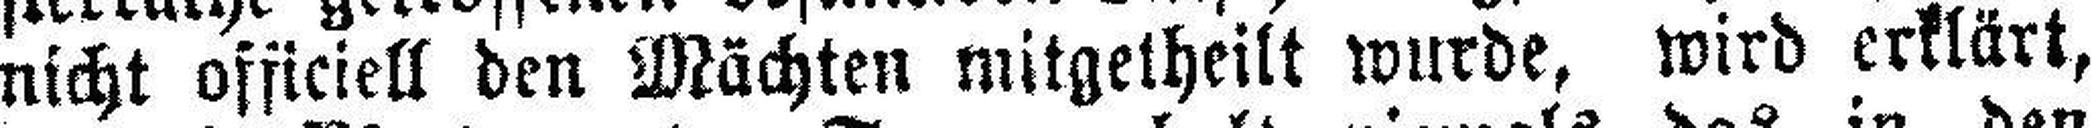
nicht officiell den Mächten mitgetheilt wurde, wird erklärt,